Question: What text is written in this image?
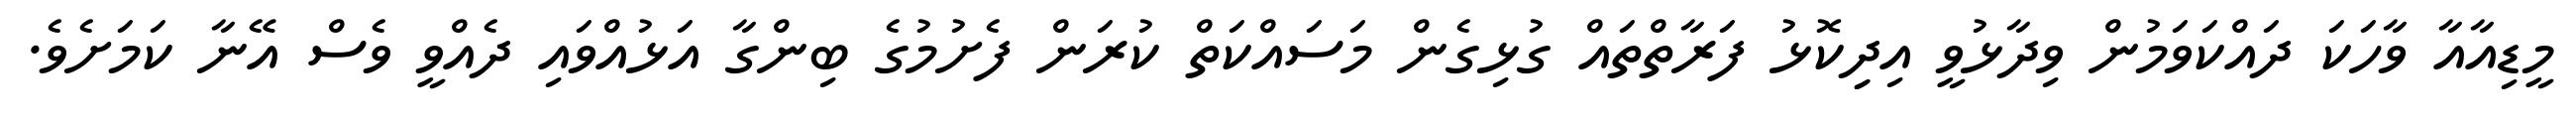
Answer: މީޑިއާއާ ވާހަކަ ދައްކަވަމުން ވިދާޅުވީ އިދިިކޮޅު ފަރާތްތައް ގުޅިގެން މަސައްކަތް ކުރަން ފެށުމުގެ ބިންގާ އަޅުއްވައި ދެއްވީ ވެސް އޭނާ ކަމަށެވެ.